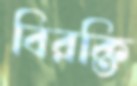
বিরক্তি